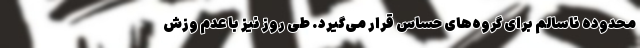
محدوده ناسالم برای گروه‌های حساس قرار می‌گیرد. طی روز نیز با عدم وزش